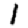
Digit: 1